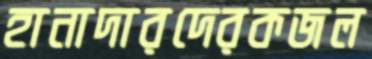
হানাদারদেরকজল